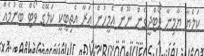
ކަލެޔާ ޔާމިނާ ވޯޓްދީގެން ނޫން އެމީހުން އަރާ އެތިބީކީ ކަލޭގެ ވޯޓް ބޭނުމެއް